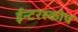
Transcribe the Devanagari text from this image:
ईन्टरस्कोप